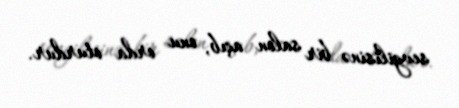
sevgilisinə bir salon açıb, onu orda oturdur.